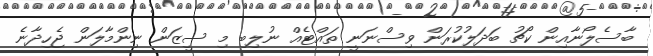
ބާސެލޯނާއިން ކޯޗު ބަދަލުކުރަން ވިސްނަނީ ތައްޓެއް ނުލިބި މި ސީޒަން ނިންމާލަން ޖެހިދާނެ